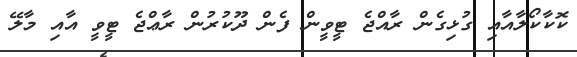
ކޮކާކޯލާއާއި ގުޅިގެން ރާއްޖެ ޓީވީން ފެން ދޫކުރުން ރާޢްޖެ ޓީވީ އާއި މާލޭ